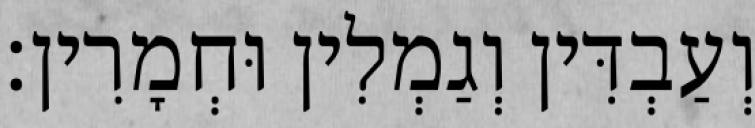
וְעַבְדִּין וְגַמְלִין וּחְמָרִין׃